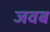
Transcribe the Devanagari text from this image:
जवब